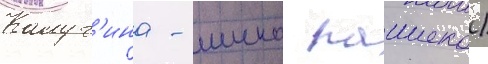
Калуг'ина - шико пашеко)